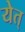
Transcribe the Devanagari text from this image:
येत्